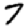
Digit: 7